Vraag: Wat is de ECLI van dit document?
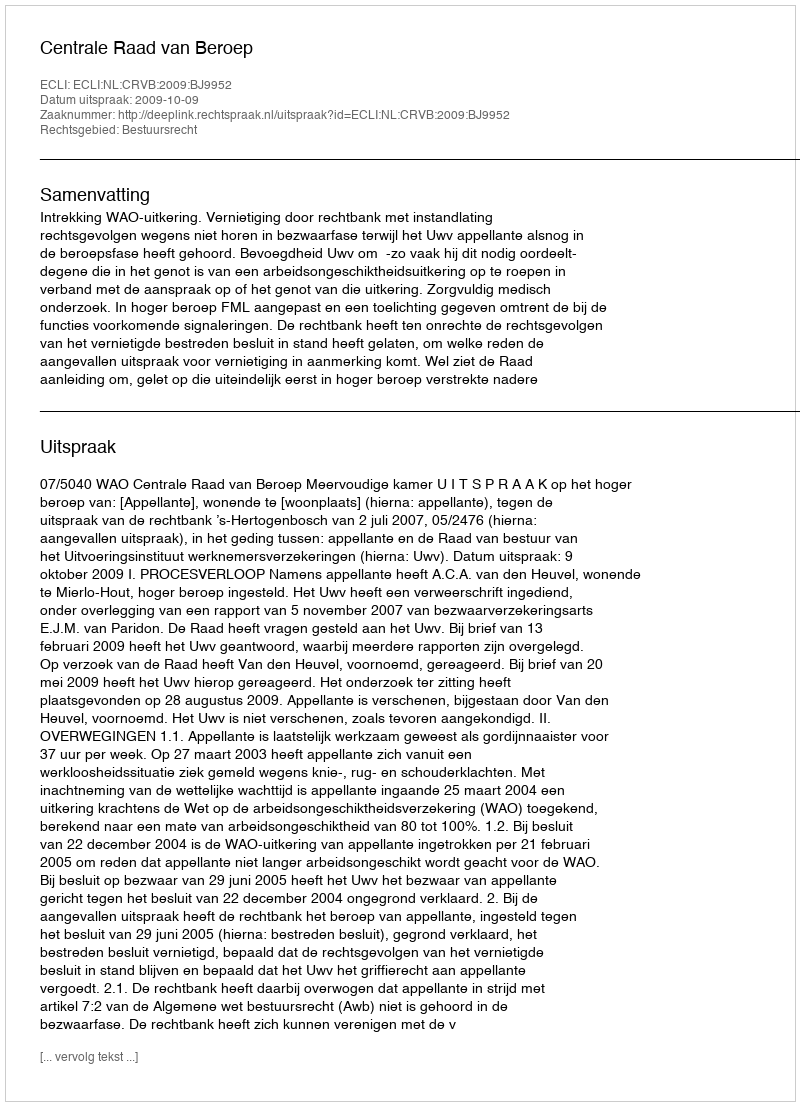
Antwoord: ECLI:NL:CRVB:2009:BJ9952